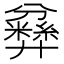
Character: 𱝘